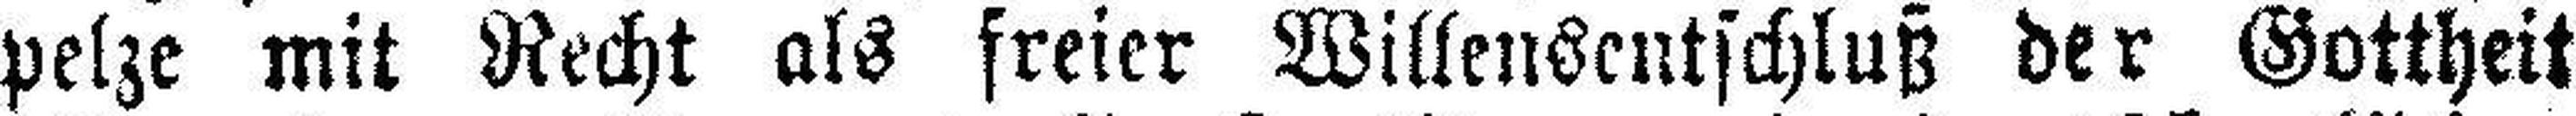
pelze mit Recht als freier Willensentschluß der Gottheit